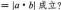
$$=|α·b|$$成立？